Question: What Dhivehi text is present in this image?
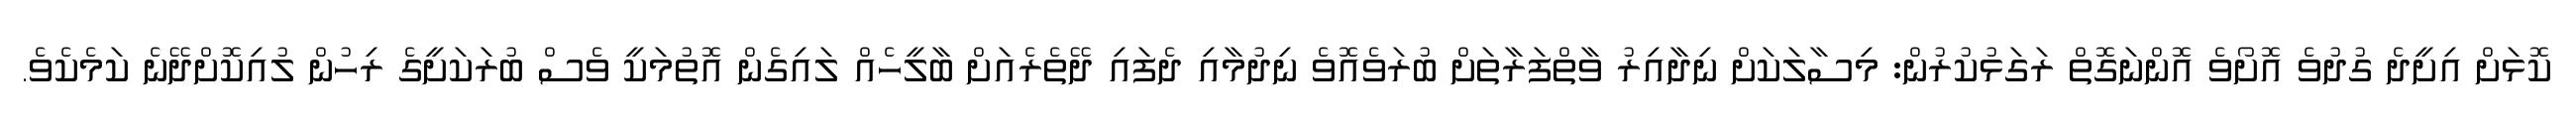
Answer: ކޮޅަށް އިށީދެ ގުދުވެ އޮށޯވެ އޮންނަގޮތް ރަގަޅުކުރުން: މިސާލަކަށް ނިދާއިރު ވާތްފަރާތަށް ބުރަވެއޮވެ ނިދުމާއި ދެފައި ދޭތެރެއަށް ބާލީހެއް ލައިގެން އޮތުމަކީ ވެސް ބުރަކަށީގެ ރިހުން ލުއިކޮށްދޭނެ ކަމެކެވެ.